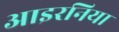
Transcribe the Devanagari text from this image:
आइरनिया